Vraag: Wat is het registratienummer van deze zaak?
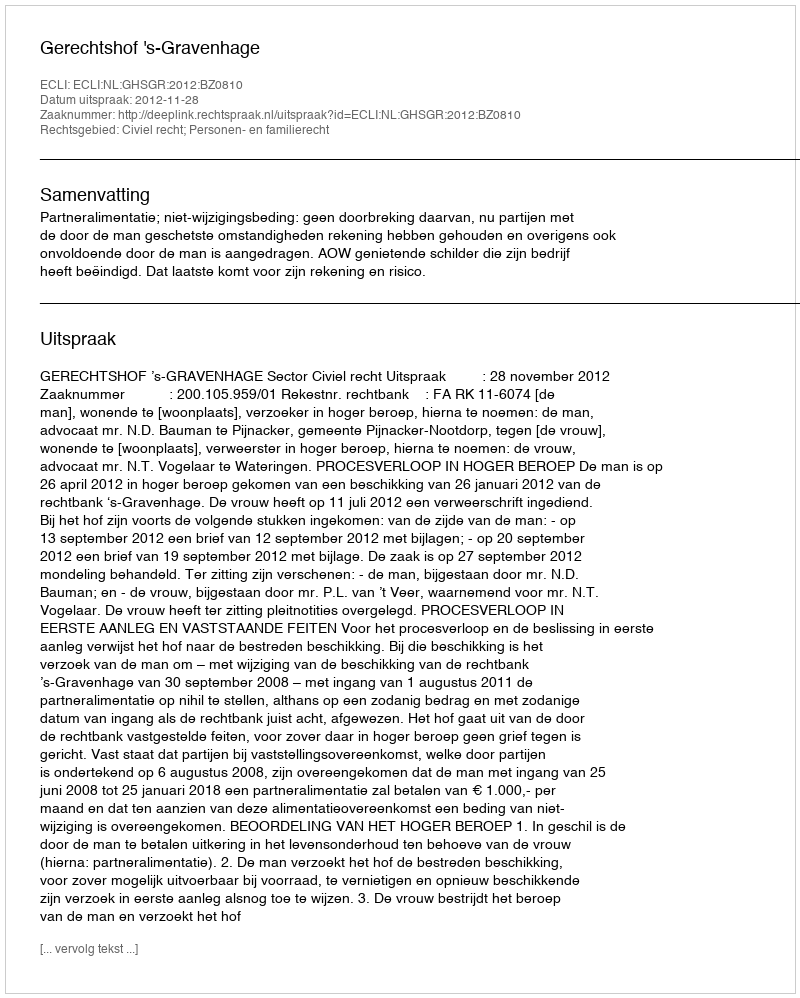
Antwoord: http://deeplink.rechtspraak.nl/uitspraak?id=ECLI:NL:GHSGR:2012:BZ0810